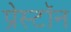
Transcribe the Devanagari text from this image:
प्रेस्टॉन